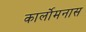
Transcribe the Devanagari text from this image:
कार्लोमनास